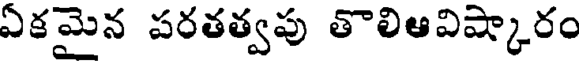
ఏకమైన పరతత్వపు తొలిఆవిష్కారం